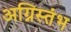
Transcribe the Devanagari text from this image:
अग्निस्तंभ